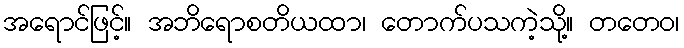
အရောင်ဖြင့်။ အဘိရောစတိယထာ၊ တောက်ပသကဲ့သို့။ တတေဝ၊